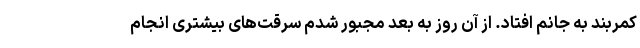
کمربند به جانم افتاد. از آن روز به بعد مجبور شدم سرقت‌های بیشتری انجام